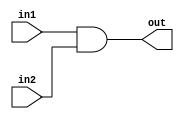
//E/16/078
//and gate with two input ports
//to check if both ZERO signal and BRANCH signal is set to high

 `timescale  1ns/100ps

module and_gate (in1,in2,out);

	//port declaration
	
	//inputs
	input in1;
	input in2;
	
	//output
	output out;
	reg out;
	
	//sensitivity list : in1,in2
	//out = 1 if both inputs are 1
	always @ (in1,in2)
	begin
		out = in1 & in2 ;
	end

endmodule